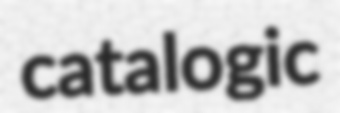
catalogic